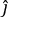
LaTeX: \hat { \boldsymbol { \jmath } }